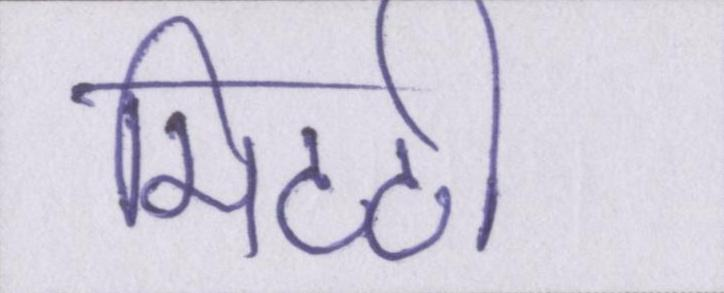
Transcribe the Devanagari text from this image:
मिटटी